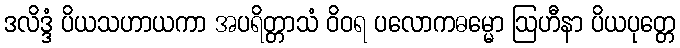
ဒလိဒ္ဒံ ပိယသဟာယကာ အပရိတ္တာသံ ဝိဝရ ပလောကဓမ္မော ဩဟီနာ ပိယပုတ္တေ